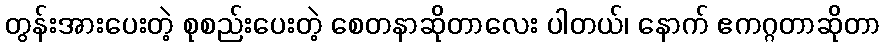
တွန်းအားပေးတဲ့ စုစည်းပေးတဲ့ စေတနာဆိုတာလေး ပါတယ်၊ နောက် ဧကဂ္ဂတာဆိုတာ